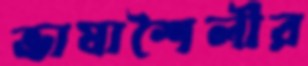
ভাষাশৈলীর